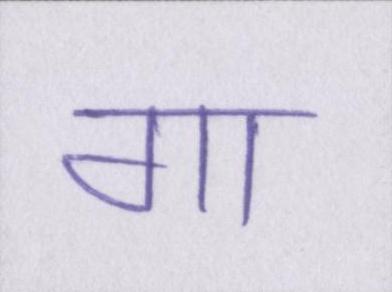
गा